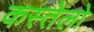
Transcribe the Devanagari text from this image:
कस्तेलो